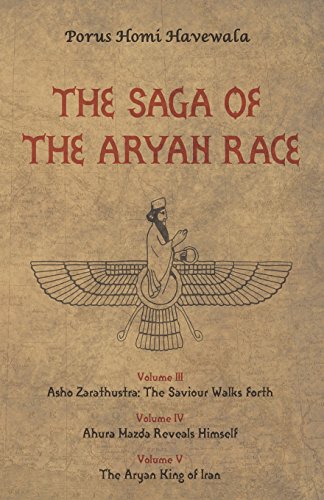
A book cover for The Saga of the Aryan Race vol 3-5; Porus Homi Havewala; Religion & Spirituality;